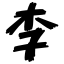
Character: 李